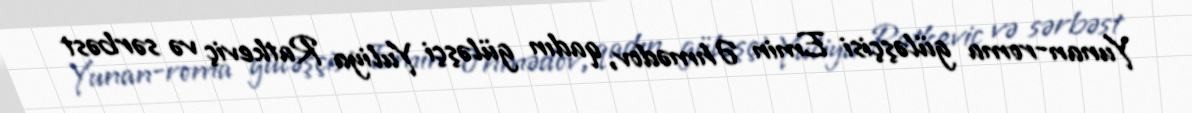
Yunan-roma güləşçisi Emin Əhmədov, qadın güləşçi Yuliya Ratkeviç və sərbəst